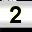
Digit: 2